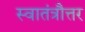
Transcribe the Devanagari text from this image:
स्वातंत्रौत्तर